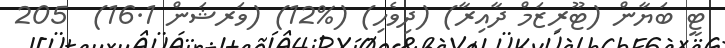
ޓީ ބަޔާން (ޓޫރިޒަމް ދާއިރާ) (ދިވެހި) (%12) (ވަރޝަން 16.1)  205